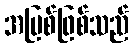
အပြစ်ဖြစ်သည်